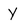
Character: Y